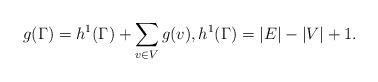
LaTeX: \begin{align*}g(\Gamma) = h^1(\Gamma)+\sum_{v\in V} g(v), h^1(\Gamma)=|E|-|V|+1.\end{align*}